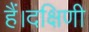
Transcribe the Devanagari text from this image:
हैं।दक्षिणी